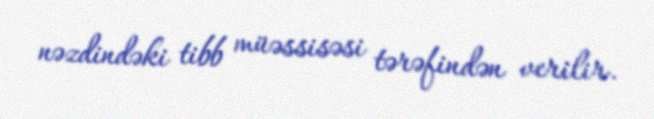
nəzdindəki tibb müəssisəsi tərəfindən verilir.